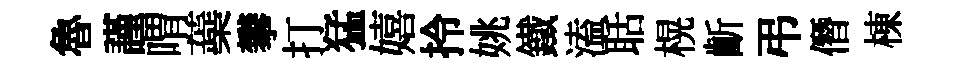
魯謹喟蘃攀打猛嬉拎姚鐵溘聒榥齗弔僭棟